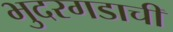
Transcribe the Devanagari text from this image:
भुदरगडाची